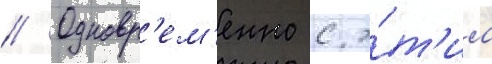
// Одновр'ем'енно с э́т'им